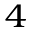
_ { 4 }